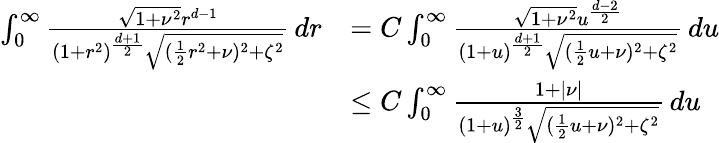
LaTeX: \begin{array}{rl}{\int_{0}^{\infty}\frac{\sqrt{1+\nu^{2}}r^{d-1}}{(1+r^{2})^{\frac{d+1}{2}}\sqrt{(\frac{1}{2}r^{2}+\nu)^{2}+\zeta^{2}}}\, dr}&{=C\int_{0}^{\infty}\frac{\sqrt{1+\nu^{2}}u^{\frac{d-2}{2}}}{(1+u)^{\frac{d+1}{2}}\sqrt{(\frac{1}{2}u+\nu)^{2}+\zeta^{2}}}\, du}\\ &{\leq C\int_{0}^{\infty}\frac{1+|\nu|}{(1+u)^{\frac{3}{2}}\sqrt{(\frac{1}{2}u+\nu)^{2}+\zeta^{2}}}\, du}\end{array}